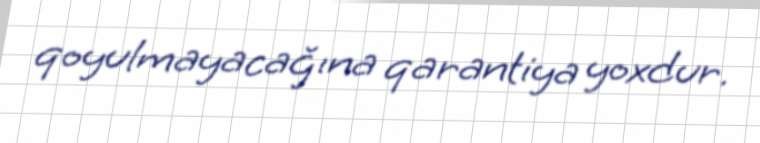
qoyulmayacağına qarantiya yoxdur.